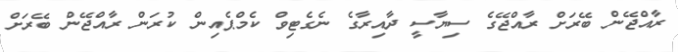
ރާއްޖޭން ބޭރަށް ރާއްޖޭގެ ސިޔާސީ ދާއިރާގެ ނެގެޓިވް ކެމްޕެއިން ކުރަން ރާއްޖޭން ބޭރަށް